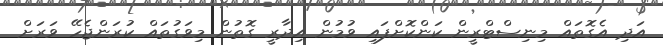
އަދި އެގޮތައް މިނިސްޓްރީން ކަންކޮށްފައި ވުމުން އިދާރީ ގޮތުން މިވަގުތައް ކުރަންޖެހޭ ވަރަށް